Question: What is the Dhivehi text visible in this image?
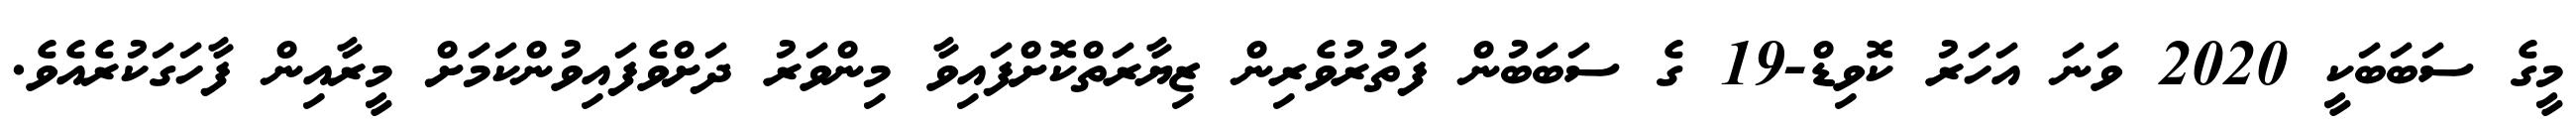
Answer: މީގެ ސަބަބަކީ 2020 ވަނަ އަހަރު ކޮވިޑް-19 ގެ ސަބަބުން ފަތުރުވެރިން ޒިޔާރަތްކޮށްފައިވާ މިންވަރު ދަށްވެފައިވުންކަމަށް މީރާއިން ފާހަގަކުރެއެވެ.